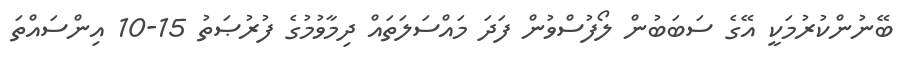
ބޭނުންކުރުމަކީ އޭގެ ސަބަބުން ލޯފުސްވުން ފަދަ މައްސަލަތައް ދިމާވުމުގެ ފުރުޞަތު 15-10 އިންސައްތަ